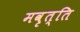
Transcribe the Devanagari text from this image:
मवृत्ति